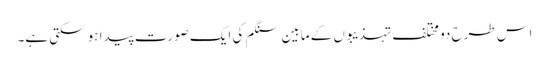
اس طرح دو مختلف تہذیبوں کے مابین سنگم کی ایک صورت پیدا ہو سکتی ہے۔